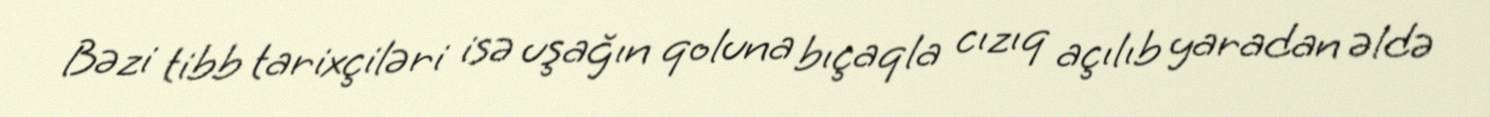
Bəzi tibb tarixçiləri isə uşağın qoluna bıçaqla cızıq açılıb yaradan əldə